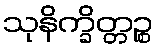
သုနိက္ခိတ္တဉ္စ